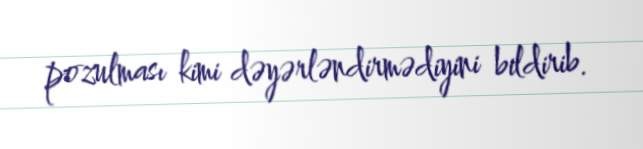
pozulması kimi dəyərləndirmədiyini bildirib.